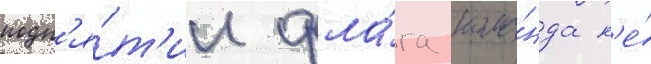
подн'я́т'ии фла́га кома́нда н'е́